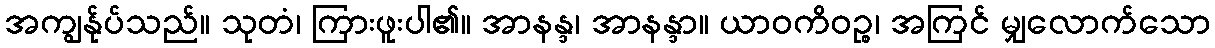
အကျွန်ုပ်သည်။ သုတံ၊ ကြားဖူးပါ၏။ အာနန္ဒ၊ အာနန္ဒာ။ ယာဝကိဝဉ္စ၊ အကြင် မျှလောက်သော